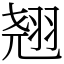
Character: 翘